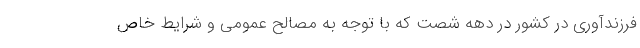
فرزندآوری در کشور در دهه شصت که با توجه به مصالح عمومی و شرایط خاص